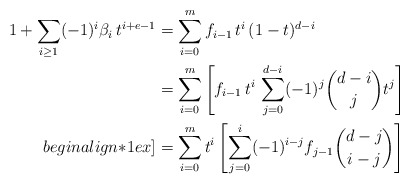
\begin{align*} 1 + \sum_{i \ge 1} (-1)^i \beta_i \, t^{i+e-1} & = \sum_{i=0}^{m} f_{i-1} \, t^i \, (1-t)^{d-i} \\ & = \sum_{i=0}^{m} \left [ f_{i-1} \, t^i \, \sum_{j=0}^{d-i} (-1)^j \binom{d-i}{j} t^j \right ] \\begin{align*}1ex] & = \sum_{i=0}^{m} t^i \left [\sum_{j=0}^{i} (-1)^{i-j} f_{j-1} \binom{d-j}{i-j} \right ] \end{align*}